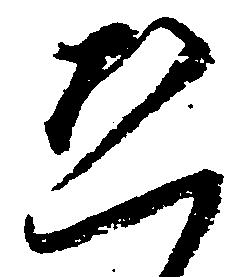
恐